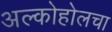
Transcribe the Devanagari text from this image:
अल्कोहोलचा